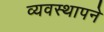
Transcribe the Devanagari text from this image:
व्यवस्थापने